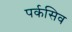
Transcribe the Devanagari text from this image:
पर्कसिव